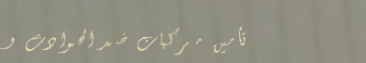
تأمين مركبات ضد الحوادث و